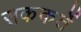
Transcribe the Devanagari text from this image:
सककर्ते